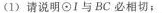
(1)请说明\odot Ⅰ与BC必相切；